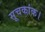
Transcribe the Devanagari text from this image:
सूचकांक।